Report of the Indian Hemp Drugs Commission, 1894-1895 - Volume I
Year: 1894
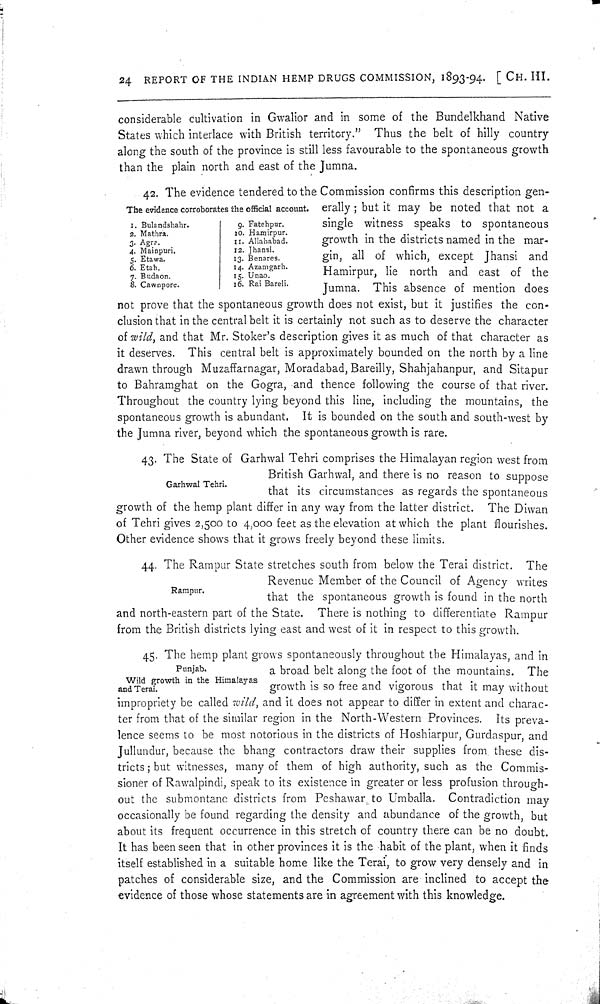
24 REPORT OF THE INDIAN HEMP DRUGS COMMISSION, 1893-94. [CH. III.
considerable cultivation in Gwalior and in some of the Bundelkhand Native
States which interlace with British territory." Thus the belt of hilly country
along the south of the province is still less favourable to the spontaneous growth
than the plain north and east of the Jumna.
The evidence corroborates the official account.
1. Bulandshahr.
9. Fatehpur.
2. Mathra.
10. Hamirpur.
3. Agra.
11. Allahabad.
4. Mainpuri.
12. Jhansi.
5. Etawa.
13. Benares.
6. Etah.
14. Azamgarh.
7. Budaon.
15. Unao.
8. Cawnpore.
16. Rai Bareli.
42. The evidence tendered to the Commission confirms this description gen-
erally; but it may be noted that not a
single witness speaks to spontaneous
growth in the districts named in the mar-
gin, all of which, except Jhansi and
Hamirpur, lie north and east of the
Jumna. This absence of mention does
not prove that the spontaneous growth does not exist, but it justifies the con-
clusion that in the central belt it is certainly not such as to deserve the character
of wild, and that Mr. Stoker's description gives it as much of that character as
it deserves. This central belt is approximately bounded on the north by a line
drawn through Muzaffarnagar, Moradabad, Bareilly, Shahjahanpur, and Sitapur
to Bahramghat on the Gogra, and thence following the course of that river.
Throughout the country lying beyond this line, including the mountains, the
spontaneous growth is abundant. It is bounded on the south and south-west by
the Jumna river, beyond which the spontaneous growth is rare.
Garhwal Tehri.
43. The State of Garhwal Tehri comprises the Himalayan region west from
British Garhwal, and there is no reason to suppose
that its circumstances as regards the spontaneous
growth of the hemp plant differ in any way from the latter district. The Diwan
of Tehri gives 2,500 to 4,000 feet as the elevation at which the plant flourishes.
Other evidence shows that it grows freely beyond these limits.
Rampur.
44. The Rampur State stretches south from below the Terai district. The
Revenue Member of the Council of Agency writes
that the spontaneous growth is found in the north
and north-eastern part of the State. There is nothing to differentiate Rampur
from the British districts lying east and west of it in respect to this growth.
Punjab.
Wild growth in the Himalayas
and Terai.
45. The hemp plant grows spontaneously throughout the Himalayas, and in
a broad belt along the foot of the mountains. The
growth is so free and vigorous that it may without
impropriety be called wild, and it does not appear to differ in extent and charac-
ter from that of the similar region in the North-Western Provinces. Its preva-
lence seems to be most notorious in the districts of Hoshiarpur, Gurdaspur, and
Jullundur, because the bhang contractors draw their supplies from, these dis-
tricts; but witnesses, many of them of high authority, such as the Commis-
sioner of Rawalpindi, speak to its existence in greater or less profusion through-
out the submontane districts from Peshawar to Umballa. Contradiction may
occasionally be found regarding the density and abundance of the growth, but
about its frequent occurrence in this stretch of country there can be no doubt.
It has been seen that in other provinces it is the habit of the plant, when it finds
itself established in a suitable home like the Terai, to grow very densely and in
patches of considerable size, and the Commission are inclined to accept the
evidence of those whose statements are in agreement with this knowledge.